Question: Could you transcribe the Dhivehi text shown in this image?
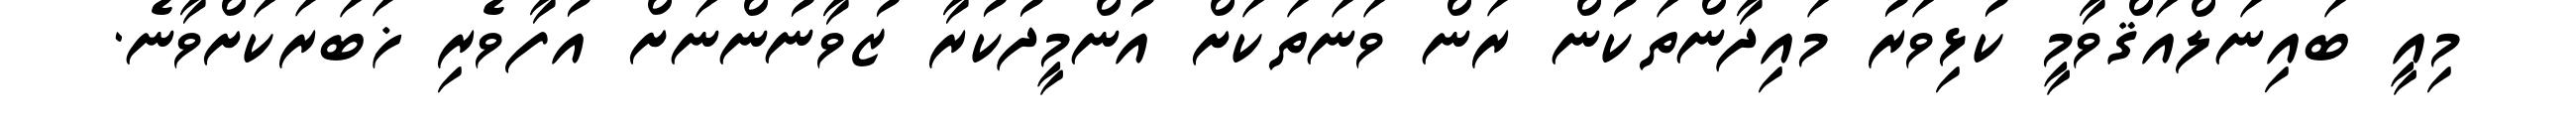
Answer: މިއީ ބައިނަލްއަޤްވާމީ ކުޅިވަރު މައިދާންތަކުން ރަން ވަނަތަކަށް އުންމީދުކުރާ ޒުވާނުންނަށް އުފާވެރި ޚަބަރަކަށްވާނެ.